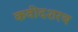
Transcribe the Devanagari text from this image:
कवीदशरथ